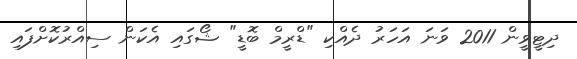
ދިޓީވީން 2011 ވަނަ އަހަރު ދެއްކި "ޑްރީމް ބޮޑީ" ޝޯގައި އެކަން ސިއްރުކޮށްފައި